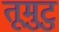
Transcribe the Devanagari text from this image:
तूमुटु